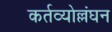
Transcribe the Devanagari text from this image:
कर्तव्योल्लंघन